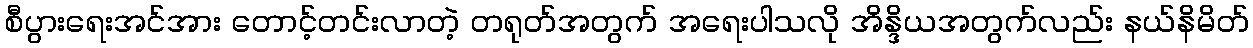
စီပွားရေးအင်အား တောင့်တင်းလာတဲ့ တရုတ်အတွက် အရေးပါသလို အိန္ဒိယအတွက်လည်း နယ်နိမိတ်